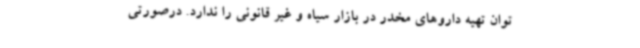
توان تهیه داروهای مخدر در بازار سیاه و غیر قانونی را ندارد. درصورتی